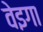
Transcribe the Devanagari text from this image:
वेइगा